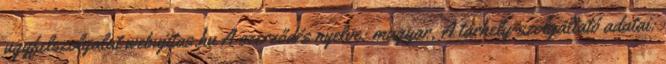
ugyfelszolgalat webujitas.hu A szerződés nyelve: magyar, A tárhely-szolgáltató adatai: